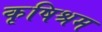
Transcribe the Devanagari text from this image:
कृषिश्रम